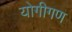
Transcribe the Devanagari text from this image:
योगीगण